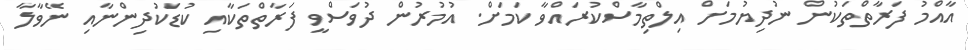
އާއްމު ފަރާތްތަކުން ނުދިޔުމަށް އިލްތިމާސްކުރައްވާ ކަމަށް. އުމުރުން ދުވަސްވީ ފަރާތްތަކާއި ކުޑަކުދިންނާއި ނޭވާލާ